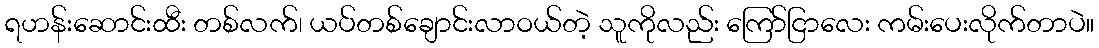
ရဟန်းဆောင်းထီး တစ်လက်၊ ယပ်တစ်ချောင်းလာဝယ်တဲ့ သူကိုလည်း ကြော်ငြာလေး ကမ်းပေးလိုက်တာပဲ။